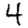
Digit: 4